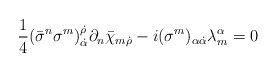
\begin{align*}\frac{1}{4}(\bar{\sigma}^{n}\sigma^{m})^{\dot{\rho}}_{\dot{\alpha}}\partial_n \bar{\chi}_{m \dot{\rho}}- i(\sigma^{m})_{\alpha {\dot{\alpha}}}\lambda^{\alpha}_{m} = 0 \end{align*}